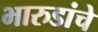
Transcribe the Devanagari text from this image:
भारुडांचे